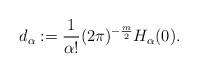
LaTeX: \begin{align*}d_\alpha:=\frac{1}{\alpha!}(2\pi)^{-\frac{m}{2}} H_\alpha(0).\end{align*}